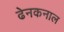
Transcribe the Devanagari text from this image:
ढेनकनाल